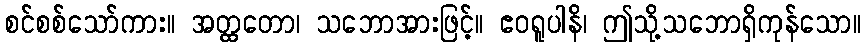
စင်စစ်သော်ကား။ အတ္ထတော၊ သဘောအားဖြင့်။ ဧဝရူပါနိ၊ ဤသို့သဘောရှိကုန်သော။